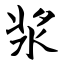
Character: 浆